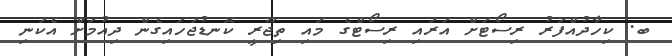
ބ. ކިހާދުއްފަރު ރިސޯޓަށް އަރައި ރިސޯޓްގެ މައި ތިޖޫރީ ކޮނޑުޖަހައިގެން ދިއުމަށް އެކަނި